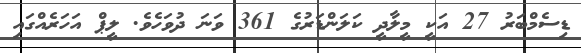
ޑިސެމްބަރު 27 އަކީ މީލާދީ ކަލަންޑަރުގެ 361 ވަނަ ދުވަހެވެ. ލީޕް އަހަރެއްގައި